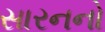
સારનનો